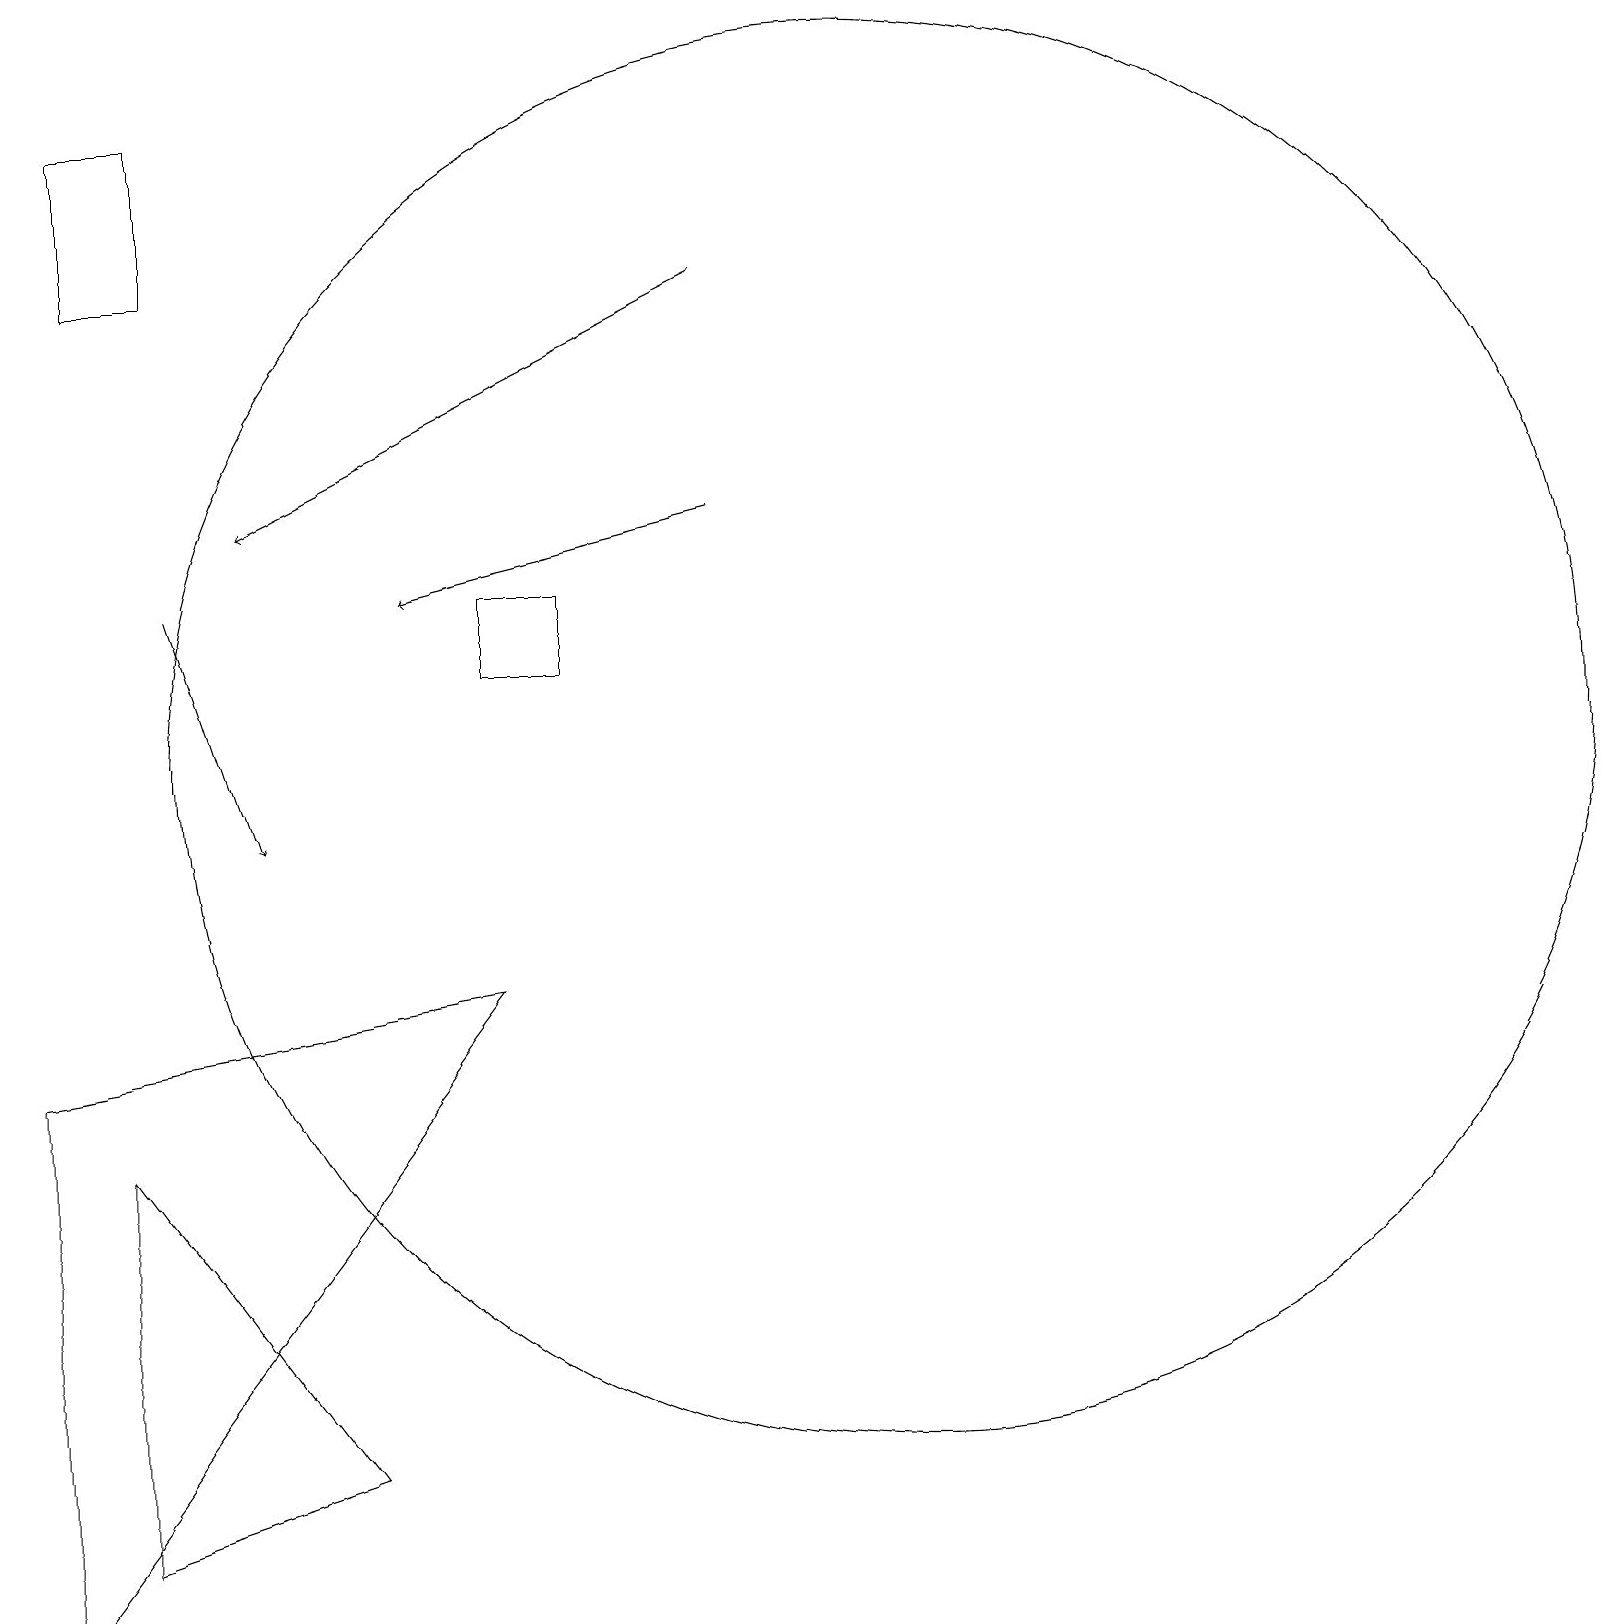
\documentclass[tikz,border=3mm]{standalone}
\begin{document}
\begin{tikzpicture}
\draw[->] (2,13) -- (3,10);
\draw (7,12) rectangle (6,13);
\draw (2,17) rectangle (1,19);
\draw (1,6) -- (1,1) -- (4,2) -- cycle;
\draw[->] (9,14) -- (5,13);
\draw (6,8) -- (0,7) -- (0,0) -- cycle;
\draw[->] (9,17) -- (3,14);
\draw (11,11) circle (9);
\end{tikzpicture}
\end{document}